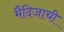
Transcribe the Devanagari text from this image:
भैदिजाची